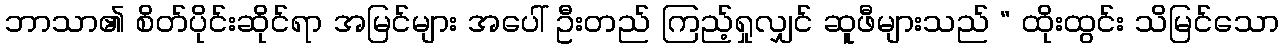
ဘာသာ၏ စိတ်ပိုင်းဆိုင်ရာ အမြင်များ အပေါ် ဦးတည် ကြည့်ရှုလျှင် ဆူဖီများသည် “ ထိုးထွင်း သိမြင်သော